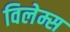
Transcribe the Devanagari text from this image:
विलेम्स